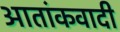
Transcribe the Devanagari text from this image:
आतांकवादी